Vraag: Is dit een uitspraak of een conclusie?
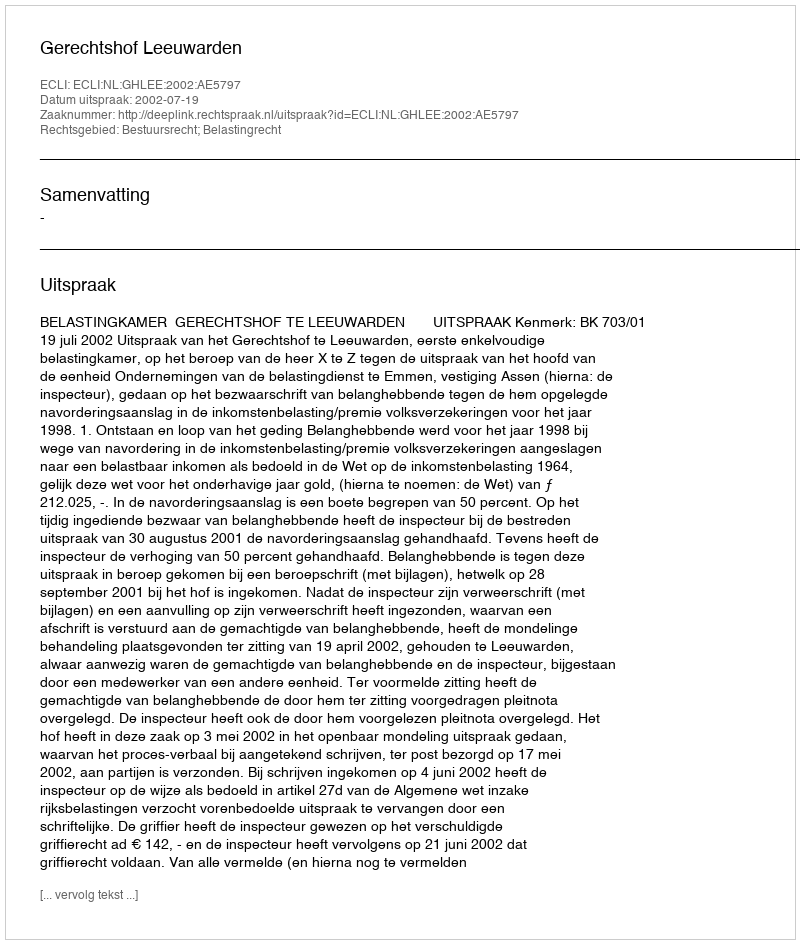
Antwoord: Uitspraak